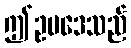
ဤဥပဒေသည်